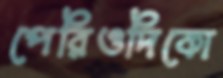
পেরিওদিকো